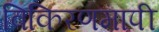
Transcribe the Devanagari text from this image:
विकिरणमापी